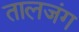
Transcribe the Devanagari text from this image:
तालजंग